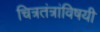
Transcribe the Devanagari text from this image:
चित्रतंत्रांविषयी